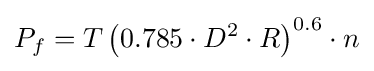
P_{f}=T\left({0.785\cdot D^{2}\cdot R}\right)^{0.6}\cdot n